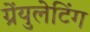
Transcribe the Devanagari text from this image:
ग्रेंयुलेटिंग